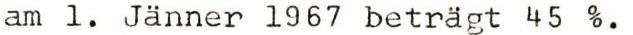
am 1. Janner 1967 beträgt 45 %.